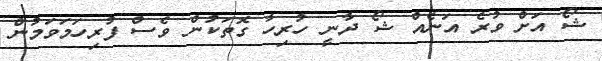
ޝޯ އަށް ވުރެ އަނެއް ޝޯ ދާނީ ހުރިހާ ގޮތަކުން ވެސް ފުރިހަމަވަމުން